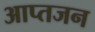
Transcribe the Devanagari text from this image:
आप्तजन